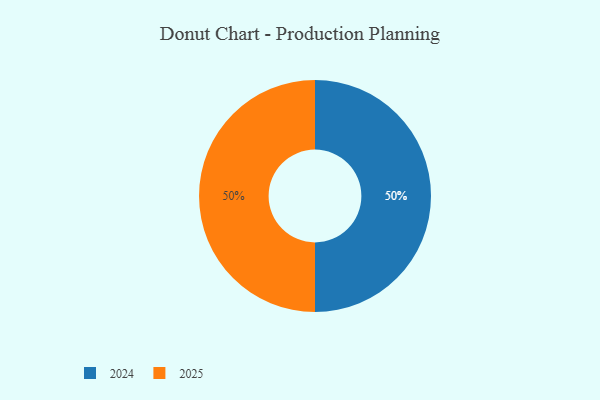
{"axis": {"x": "Category", "y": "Percentage"}, "legend": ["2024", "2025"], "data": [{"x": "2024", "y": 50, "type": "2024"}, {"x": "2025", "y": 50, "type": "2025"}]}